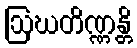
ဩဃတိဏ္ဏန္တိ